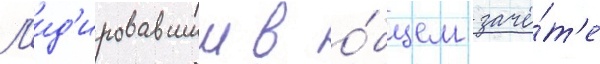
Л'ид'ировавшии в о́бщем зачё́т'е